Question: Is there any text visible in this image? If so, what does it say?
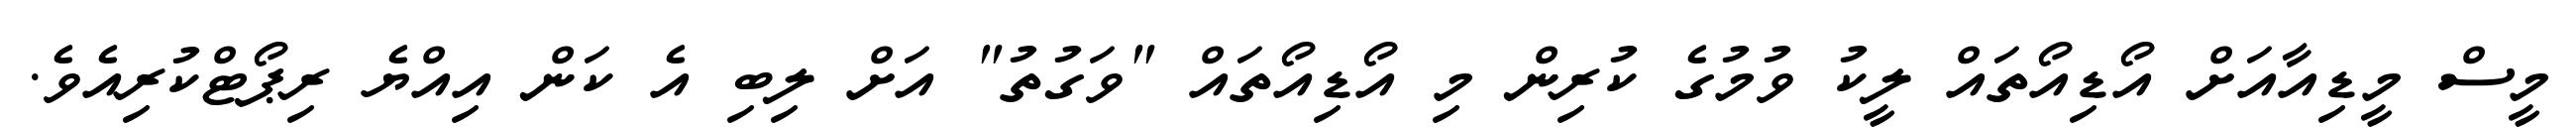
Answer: މީސް މީޑިއާއަށް އޯޑިއޯތައް ލީކު ވުމުގެ ކުރިން މި އޯޑިއޯތައް "ވަގުތު" އަށް ލިބި އެ ކަން އިއްޔެ ރިޕޯޓްކުރިއެވެ.